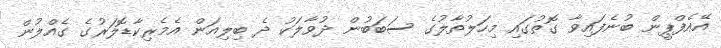
އޭއެފްޕީން ބުނެފައިވާ ގޮތުގައި މިހަލުތާލުގެ ސަބަބުން ދުވާލަކު ދެ ބިލިއަން އެމެރިކާޑޮލަރުގެ ގެއްލުން